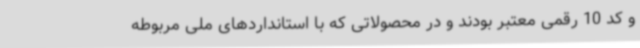
و کد 10 رقمی‌ معتبر بودند و در محصولاتی که با استانداردهای ملی مربوطه